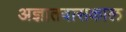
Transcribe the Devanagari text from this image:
अज्ञातवासकाल